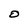
Character: O